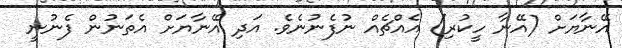
އޭނާޔަށް (އޭނާ ހީކުރި) އެއްޗެއް ނުފެނުނެވެ. އަދި އޭނާޔަށް އެތަނުން ފެނުނީ